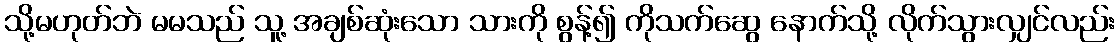
သို့မဟုတ်ဘဲ မမသည် သူ့ အချစ်ဆုံးသော သားကို စွန့်၍ ကိုသက်ဆွေ နောက်သို့ လိုက်သွားလျှင်လည်း